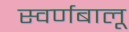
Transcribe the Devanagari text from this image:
स्वर्णबालू